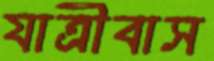
যাত্রীবাস